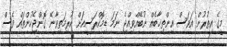
މީގެ އިތުރުން އަވަސް އިންތިޚާބެއް ނުބޭއްވިއްޖެ ނަމަ ޑިމޮކްރަސީއަށް ކުރިމަތިވާނޭ ގޮންޖެހުންތައް ވެސް